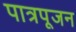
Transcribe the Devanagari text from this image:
पात्रपूजन